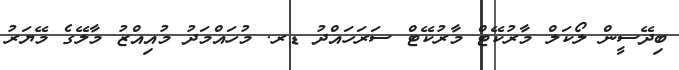
ބިދޭސީން ލޯކަލް މާރުކޭޓް މާރުކޭޓް ސަރަހައްދު ޑރ. މުހައްމަދު މުއިއްޒު މާލޭގެ މޭޔަރު